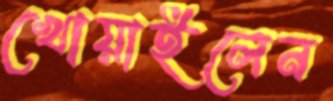
খোয়াইলেন